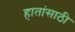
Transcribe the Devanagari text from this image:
हातांसाठी